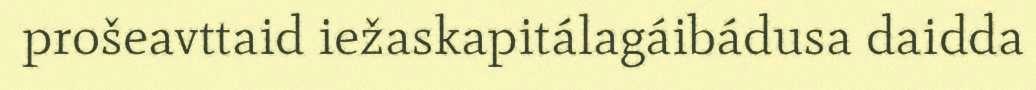
prošeavttaid iežaskapitálagáibádusa daidda